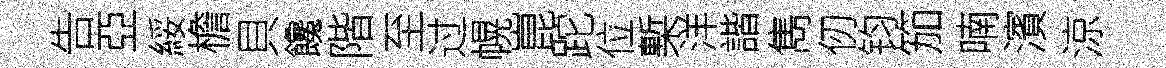
告亞綏檐貝饞階至过幌崑跎位槧洋諧雋仞钧笳喃濱涼